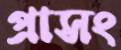
প্রাসং